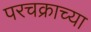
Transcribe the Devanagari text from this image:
परचक्राच्या